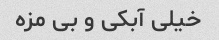
خیلی آبکی و بی مزه